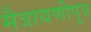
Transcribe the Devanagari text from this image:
मैत्रायणीपुत्र